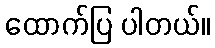
ထောက်ပြ ပါတယ်။